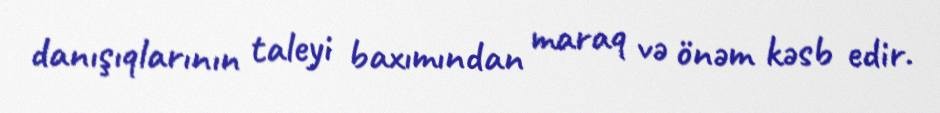
danışıqlarının taleyi baxımından maraq və önəm kəsb edir.